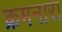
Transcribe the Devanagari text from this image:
क्रमनारा